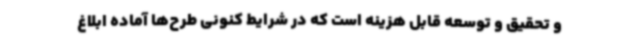
و تحقیق و توسعه قابل هزینه است که در شرایط کنونی طرح‌ها آماده ابلاغ